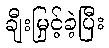
ချီးမြှင့်ခဲ့ပြီး